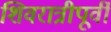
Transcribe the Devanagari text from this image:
शिवरात्रीपूर्वी